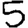
Digit: 5